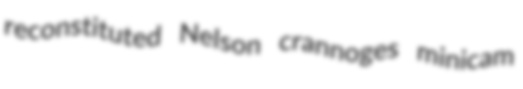
reconstituted Nelson crannoges minicam